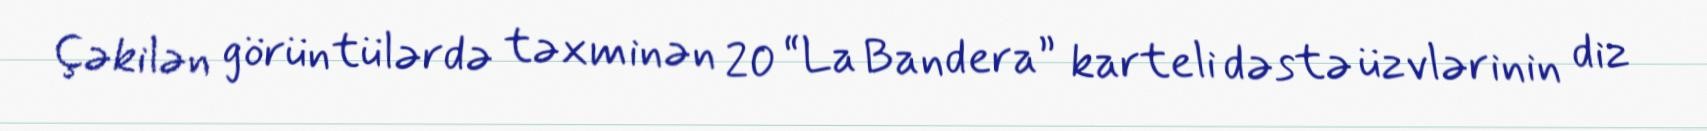
Çəkilən görüntülərdə təxminən 20 “La Bandera” karteli dəstə üzvlərinin diz